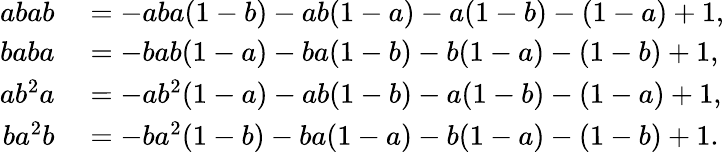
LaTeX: \begin{array}{rl}{abab}&{{}=-aba(1-b)-ab(1-a)-a(1-b)-(1-a)+1,}\\ {baba}&{{}=-bab(1-a)-ba(1-b)-b(1-a)-(1-b)+1,}\\ {ab^{2}a}&{{}=-ab^{2}(1-a)-ab(1-b)-a(1-b)-(1-a)+1,}\\ {ba^{2}b}&{{}=-ba^{2}(1-b)-ba(1-a)-b(1-a)-(1-b)+1.}\end{array}